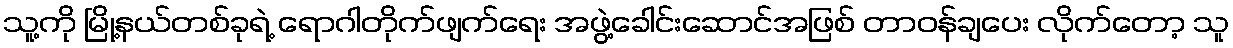
သူ့ကို မြို့နယ်တစ်ခုရဲ့ ရောဂါတိုက်ဖျက်ရေး အဖွဲ့ခေါင်းဆောင်အဖြစ် တာဝန်ချပေး လိုက်တော့ သူ